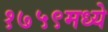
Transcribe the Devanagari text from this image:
१७५९मध्ये